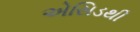
એસિડથી